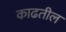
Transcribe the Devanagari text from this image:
काढतील